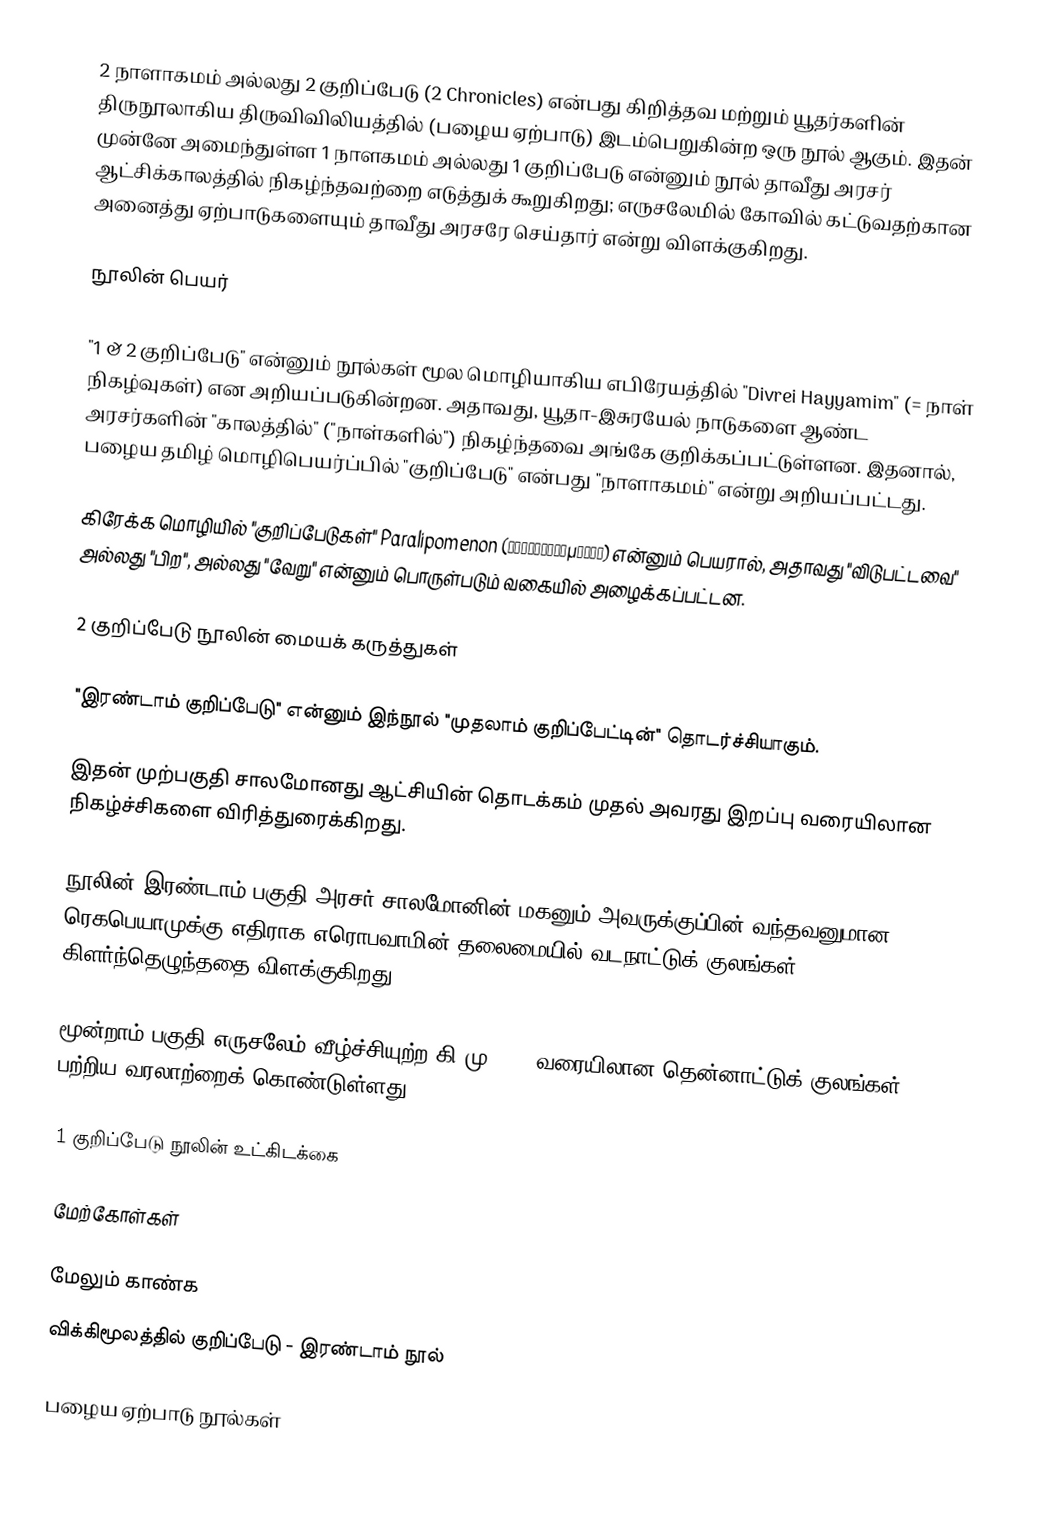
2 நாளாகமம் அல்லது 2 குறிப்பேடு (2 Chronicles) என்பது கிறித்தவ மற்றும் யூதர்களின் திருநூலாகிய திருவிவிலியத்தில் (பழைய ஏற்பாடு) இடம்பெறுகின்ற ஒரு நூல் ஆகும். இதன் முன்னே அமைந்துள்ள 1 நாளகமம் அல்லது 1 குறிப்பேடு என்னும் நூல் தாவீது அரசர் ஆட்சிக்காலத்தில் நிகழ்ந்தவற்றை எடுத்துக் கூறுகிறது; எருசலேமில் கோவில் கட்டுவதற்கான அனைத்து ஏற்பாடுகளையும் தாவீது அரசரே செய்தார் என்று விளக்குகிறது.

நூலின் பெயர்

"1 & 2 குறிப்பேடு" என்னும் நூல்கள் மூல மொழியாகிய எபிரேயத்தில் "Divrei Hayyamim" (= நாள் நிகழ்வுகள்) என அறியப்படுகின்றன. அதாவது, யூதா-இசுரயேல் நாடுகளை ஆண்ட அரசர்களின் "காலத்தில்" ("நாள்களில்") நிகழ்ந்தவை அங்கே குறிக்கப்பட்டுள்ளன. இதனால், பழைய தமிழ் மொழிபெயர்ப்பில் "குறிப்பேடு" என்பது "நாளாகமம்" என்று அறியப்பட்டது.

கிரேக்க மொழியில் "குறிப்பேடுகள்" Paralipomenon (Παραλειπομένων) என்னும் பெயரால், அதாவது "விடுபட்டவை" அல்லது "பிற", அல்லது "வேறு" என்னும் பொருள்படும் வகையில் அழைக்கப்பட்டன.

2 குறிப்பேடு நூலின் மையக் கருத்துகள்

"இரண்டாம் குறிப்பேடு" என்னும் இந்நூல் "முதலாம் குறிப்பேட்டின்" தொடர்ச்சியாகும்.

இதன் முற்பகுதி சாலமோனது ஆட்சியின் தொடக்கம் முதல் அவரது இறப்பு வரையிலான நிகழ்ச்சிகளை விரித்துரைக்கிறது.

நூலின் இரண்டாம் பகுதி அரசர் சாலமோனின் மகனும் அவருக்குப்பின் வந்தவனுமான ரெகபெயாமுக்கு எதிராக எரொபவாமின் தலைமையில் வடநாட்டுக் குலங்கள் கிளர்ந்தெழுந்ததை விளக்குகிறது.

மூன்றாம் பகுதி எருசலேம் வீழ்ச்சியுற்ற கி.மு. 586 வரையிலான தென்னாட்டுக் குலங்கள் பற்றிய வரலாற்றைக் கொண்டுள்ளது.

1 குறிப்பேடு நூலின் உட்கிடக்கை

மேற்கோள்கள்

மேலும் காண்க
விக்கிமூலத்தில் குறிப்பேடு - இரண்டாம் நூல்

பழைய ஏற்பாடு நூல்கள்